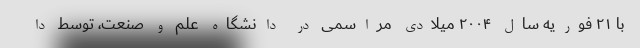
با ۲۱ فوریه سال ۲۰۰۴ میلادی مراسمی در دانشگاه علم و صنعت، توسط دا